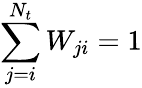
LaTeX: \sum_{j=i}^{N_{t}}W_{ji}=1